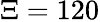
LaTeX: \Xi=120